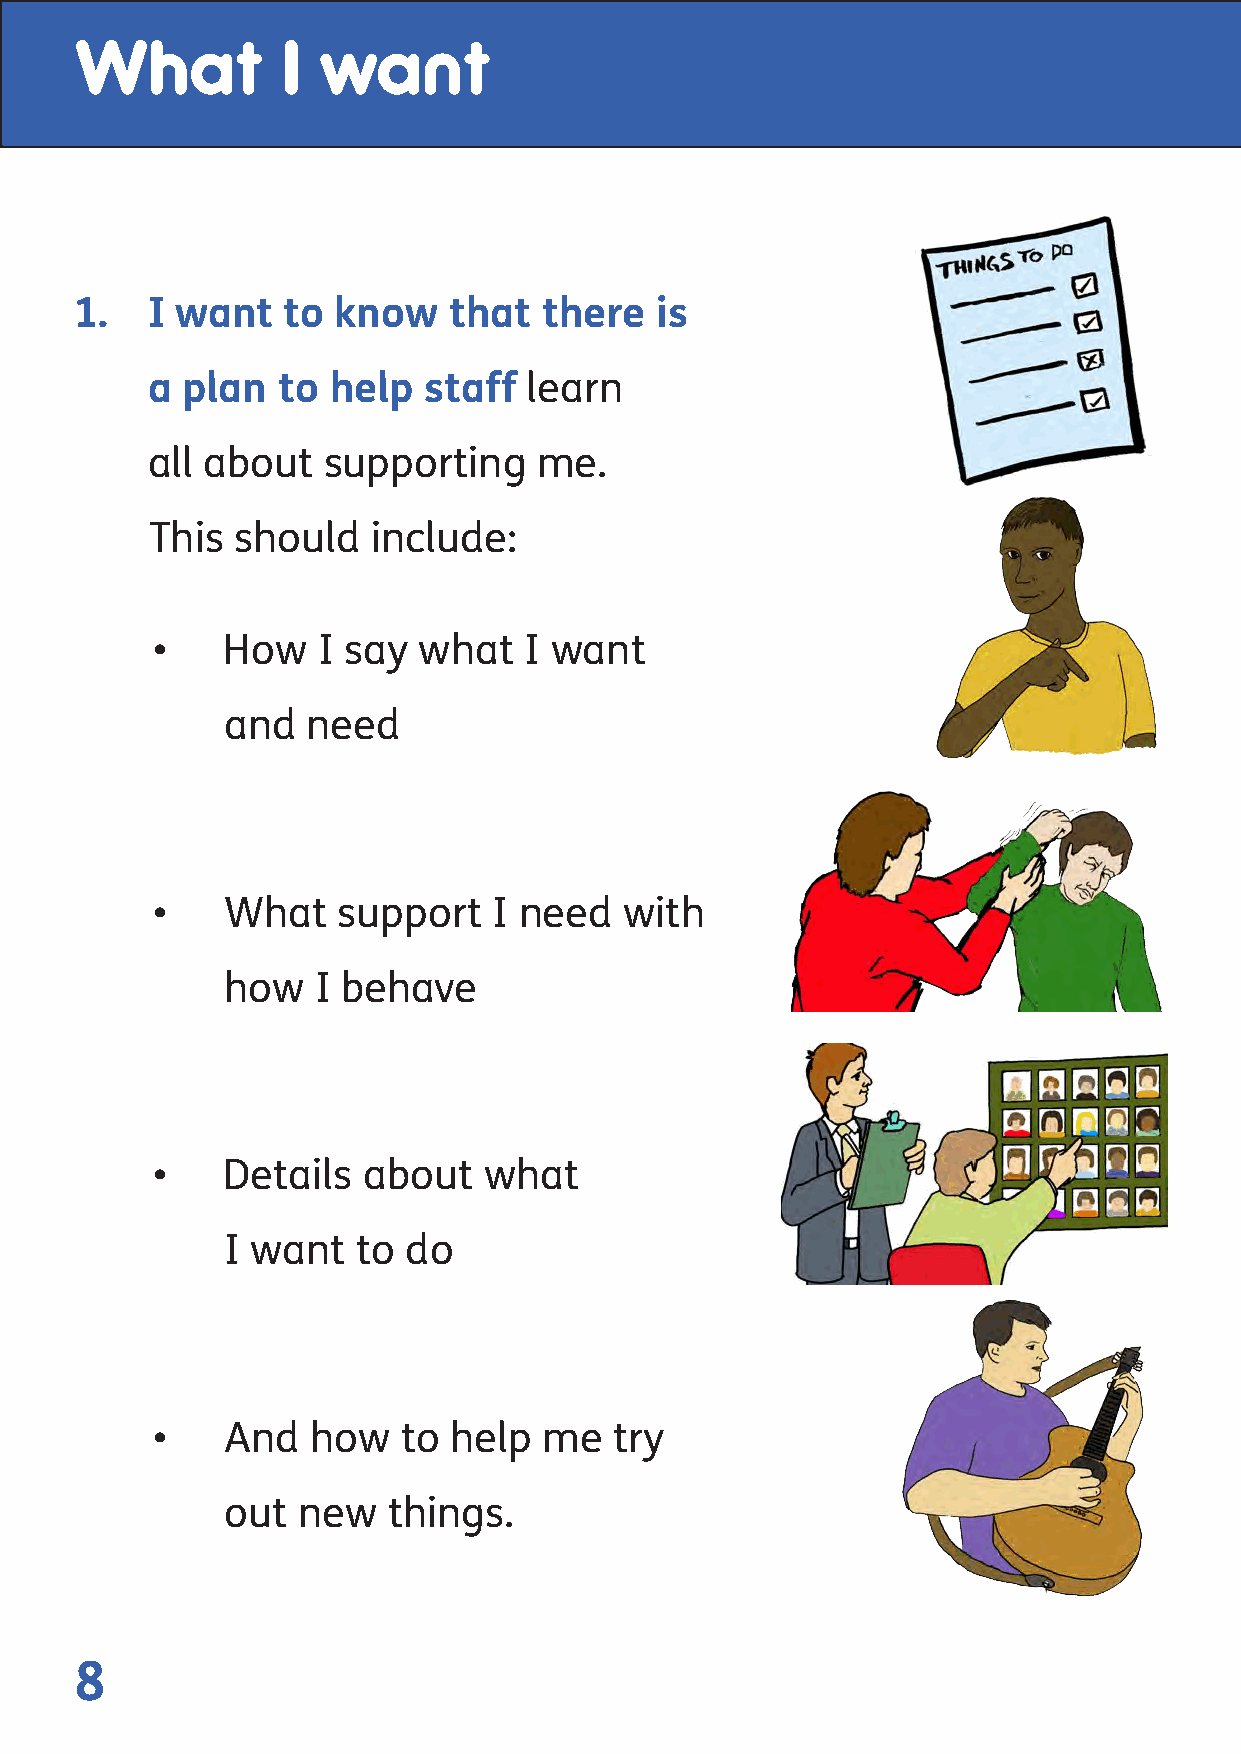
What          I want
 1.   I want   to know    that  there  is
 a plan  to  help  staff  learn
 all about  supporting     me.
 This should    include:
 •    How   I say  what   I want
 and  need
 •    What   support    I need  with
 how   I behave
 •    Details  about   what
 I want   to do
 •    And   how   to help  me   try
 out  new   things.
 8